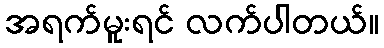
အရက်မူးရင် လက်ပါတယ်။